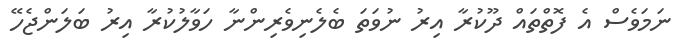
ނަމަވެސް އެ ފޮތްތައް ދޫކުރާ އިރު ނުވަތަ ބެލެނިވެރިންނާ ހަވާލުކުރާ އިރު ބަލަންޖެހޭ